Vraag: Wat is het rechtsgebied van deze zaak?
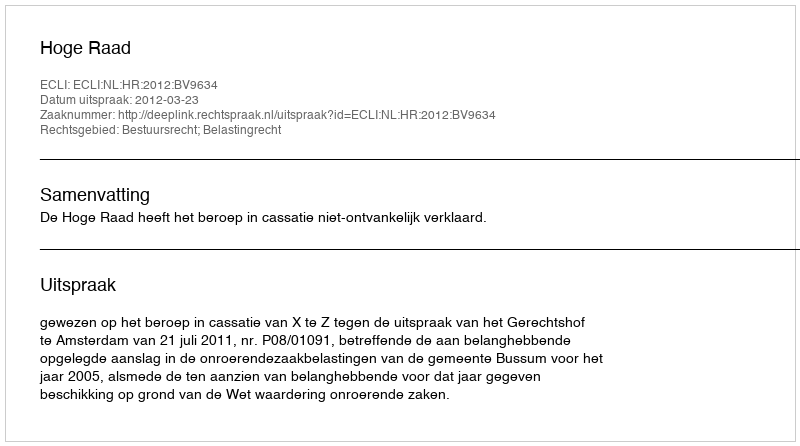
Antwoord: Bestuursrecht; Belastingrecht